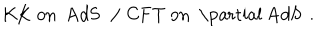
\mathrm { K K ~ o n ~ A d S ~ } \, \, / \, \, \mathrm { C F T ~ o n ~ \partial ~ A d S ~ } \, .